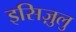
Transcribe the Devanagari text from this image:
इसिज़ुलु